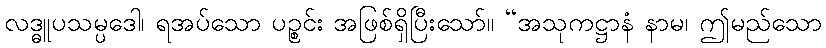
လဒ္ဓူပသမ္ပဒေါ၊ ရအပ်သော ပဉ္စင်း အဖြစ်ရှိပြီးသော်။ “အသုကဋ္ဌာနံ နာမ၊ ဤမည်သော